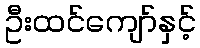
ဦးထင်ကျော်နှင့်